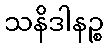
သနိဒါနဉ္စ